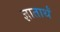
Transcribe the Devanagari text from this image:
ज्ञातार्थं